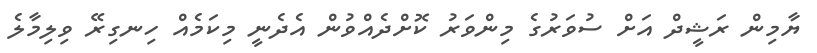
ޔާމިން ރަޝީދް އަށް ސުވަރުގެ މިންވަރު ކޮށްދެއްވުން އެދެނީ މިކަމެއް ހިނގިރޭ ވިލިމާލެ